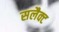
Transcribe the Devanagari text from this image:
सलैक्ट